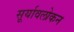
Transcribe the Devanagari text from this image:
सूर्यावलोकन